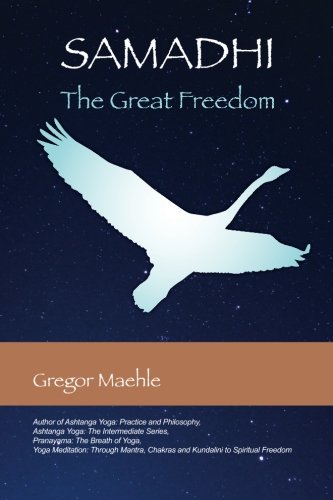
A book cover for Samadhi The Great Freedom; Gregor Maehle; Religion & Spirituality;